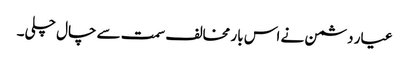
عیار دشمن نے اس بار مخالف سمت سے چال چلی۔